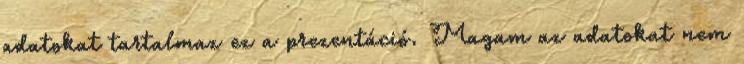
adatokat tartalmaz ez a prezentáció. Magam az adatokat nem